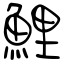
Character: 鯉